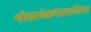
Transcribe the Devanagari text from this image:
श्रीसमर्थवाग्देवतामंदिरात